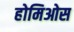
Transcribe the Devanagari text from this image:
होमिओस